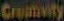
Crumvity